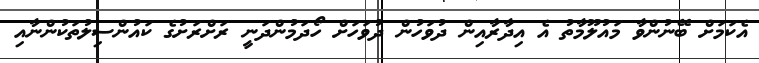
އެކަމަށް ބޭނުންވާ މައުލޫމާތު އެ އިދާރާއިން ދުވަހުން ދުވަހަށް ހޯދަމުންދަނީ ރަށްރަށުގެ ކައުންސިލުތަކުންނާއި